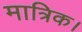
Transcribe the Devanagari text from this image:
मात्रिक।